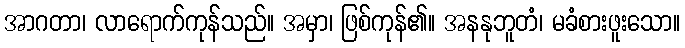
အာဂတာ၊ လာရောက်ကုန်သည်။ အမှာ၊ ဖြစ်ကုန်၏။ အနနုဘူတံ၊ မခံစားဖူးသော။